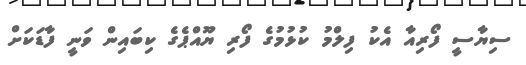
ސިޔާސީ ފޯރިއާ އެކު ފިލްމު ކުޅުމުގެ ފޯރި ޔޫއްޕެގެ ކިބައިން ވަނީ ފާޑަކަށް